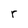
Character: r